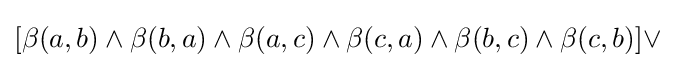
[\beta (a,b)\land \beta (b,a)\land \beta (a,c)\land \beta (c,a)\land \beta (b,c)\land \beta (c,b)]\lor